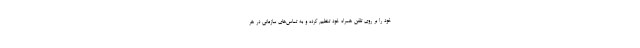
خود را بر روی تلفن همراه خود تنظیم کرده و به تماس‌های سازمانی در هر